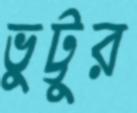
ভুট্টুর